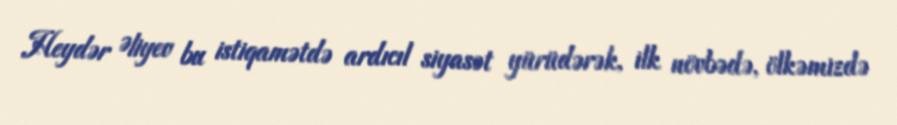
Heydər Əliyev bu istiqamətdə ardıcıl siyasət yürüdərək, ilk növbədə, ölkəmizdə